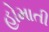
હોમાતી